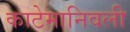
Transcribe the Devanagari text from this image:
काटेमानिवली